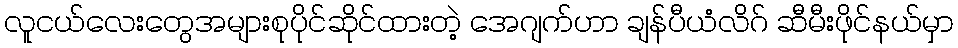
လူငယ်လေးတွေအများစုပိုင်ဆိုင်ထားတဲ့ အေဂျက်ဟာ ချန်ပီယံလိဂ် ဆီမီးဖိုင်နယ်မှာ